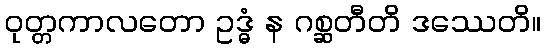
ဝုတ္တကာလတော ဥဒ္ဓံ န ဂစ္ဆတီတိ ဒဿေတိ။